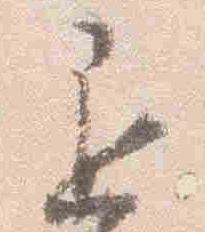
退